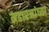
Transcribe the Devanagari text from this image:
महारजांच्या